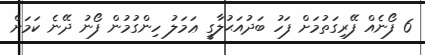
6 ފޯނެއް ފޭރިގަތުމަށް ފަހު ބަދުއަޙުލާގީ ޢަމަލު ހިންގުމުން ފޯނު ދޭނެ ކަމަށް